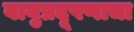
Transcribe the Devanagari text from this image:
वायुप्रदूषणाचा